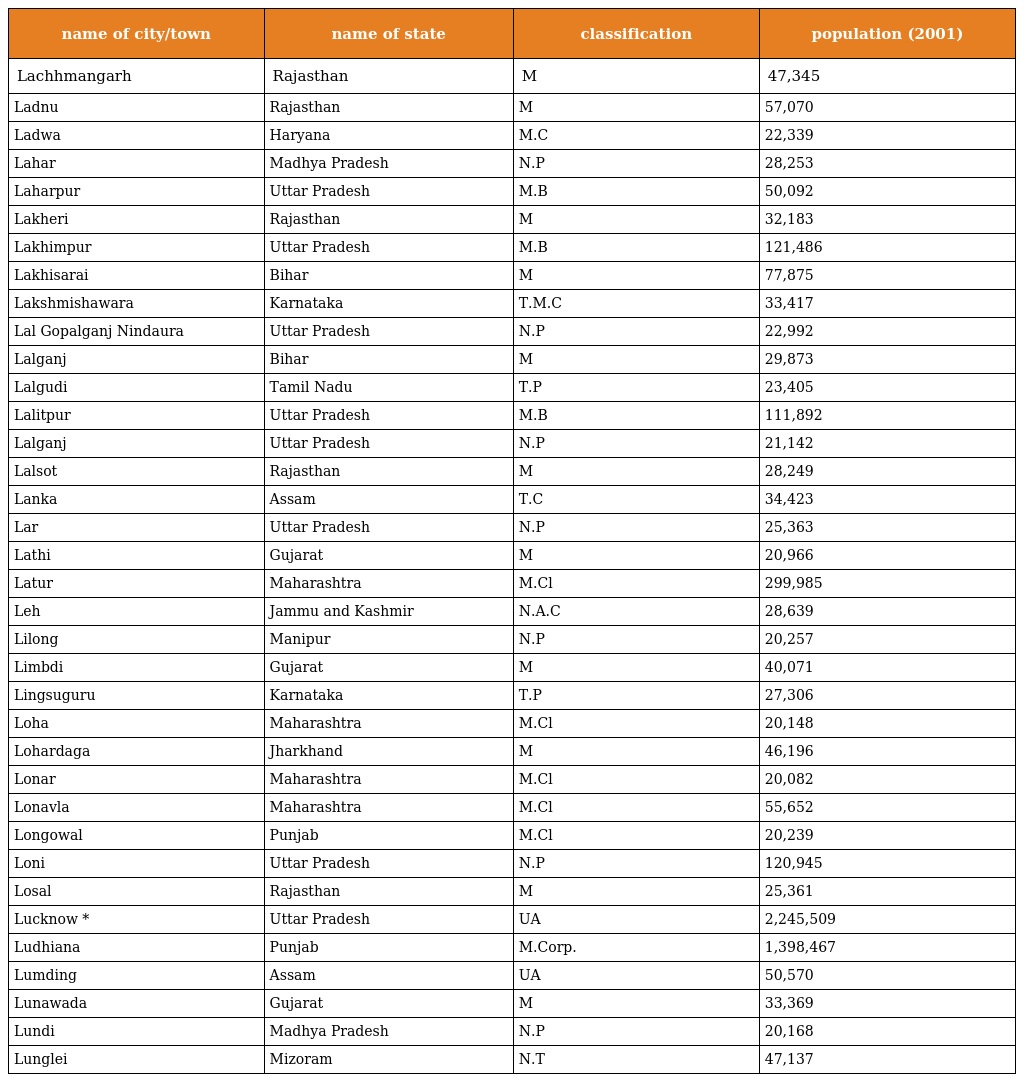
| name of city/town | name of state | classification | population (2001) |
 | --- | --- | --- | --- |
 | Lachhmangarh | Rajasthan | M | 47,345 |
 | Ladnu | Rajasthan | M | 57,070 |
 | Ladwa | Haryana | M.C | 22,339 |
 | Lahar | Madhya Pradesh | N.P | 28,253 |
 | Laharpur | Uttar Pradesh | M.B | 50,092 |
 | Lakheri | Rajasthan | M | 32,183 |
 | Lakhimpur | Uttar Pradesh | M.B | 121,486 |
 | Lakhisarai | Bihar | M | 77,875 |
 | Lakshmishawara | Karnataka | T.M.C | 33,417 |
 | Lal Gopalganj Nindaura | Uttar Pradesh | N.P | 22,992 |
 | Lalganj | Bihar | M | 29,873 |
 | Lalgudi | Tamil Nadu | T.P | 23,405 |
 | Lalitpur | Uttar Pradesh | M.B | 111,892 |
 | Lalganj | Uttar Pradesh | N.P | 21,142 |
 | Lalsot | Rajasthan | M | 28,249 |
 | Lanka | Assam | T.C | 34,423 |
 | Lar | Uttar Pradesh | N.P | 25,363 |
 | Lathi | Gujarat | M | 20,966 |
 | Latur | Maharashtra | M.Cl | 299,985 |
 | Leh | Jammu and Kashmir | N.A.C | 28,639 |
 | Lilong | Manipur | N.P | 20,257 |
 | Limbdi | Gujarat | M | 40,071 |
 | Lingsuguru | Karnataka | T.P | 27,306 |
 | Loha | Maharashtra | M.Cl | 20,148 |
 | Lohardaga | Jharkhand | M | 46,196 |
 | Lonar | Maharashtra | M.Cl | 20,082 |
 | Lonavla | Maharashtra | M.Cl | 55,652 |
 | Longowal | Punjab | M.Cl | 20,239 |
 | Loni | Uttar Pradesh | N.P | 120,945 |
 | Losal | Rajasthan | M | 25,361 |
 | Lucknow * | Uttar Pradesh | UA | 2,245,509 |
 | Ludhiana | Punjab | M.Corp. | 1,398,467 |
 | Lumding | Assam | UA | 50,570 |
 | Lunawada | Gujarat | M | 33,369 |
 | Lundi | Madhya Pradesh | N.P | 20,168 |
 | Lunglei | Mizoram | N.T | 47,137 |